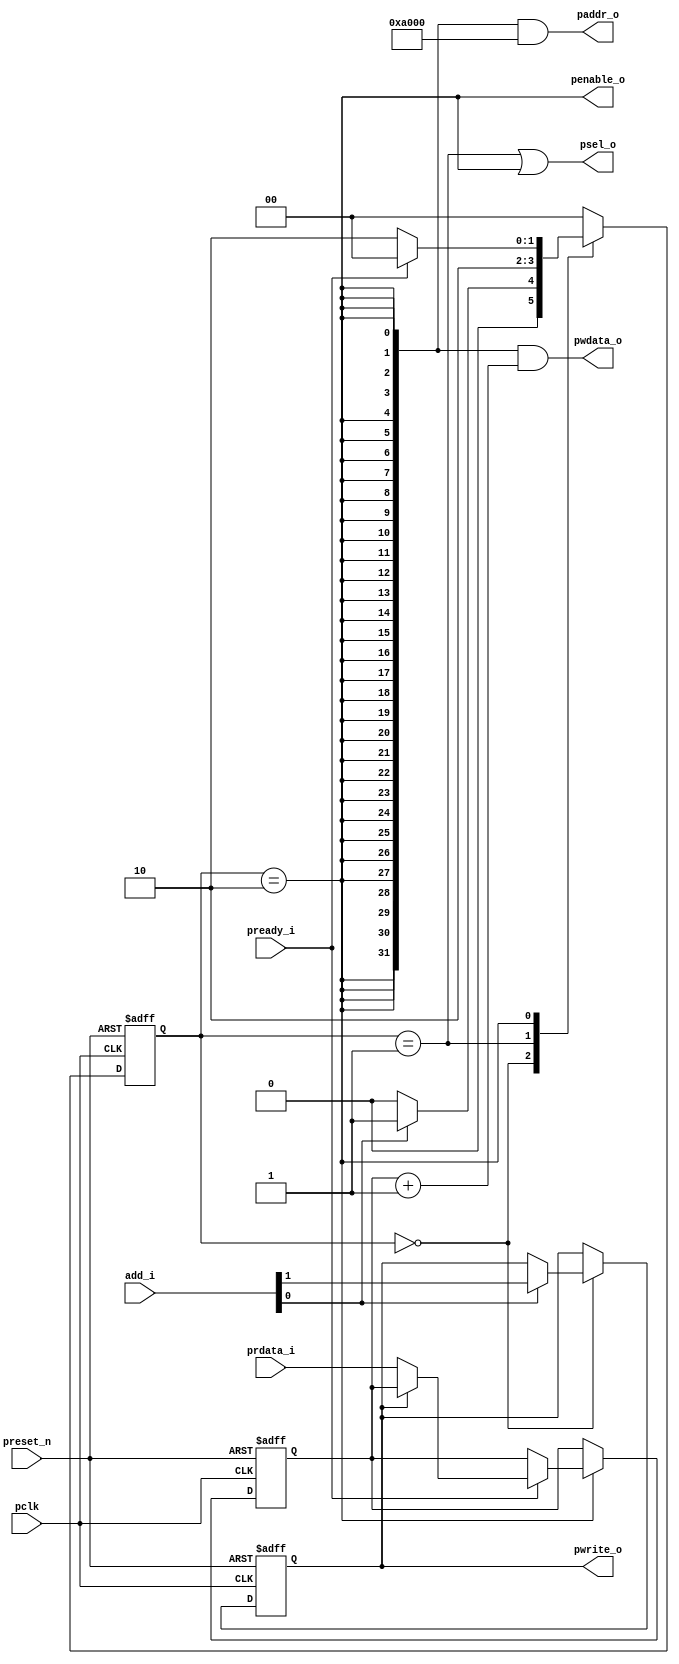

module apb_add_master (
  input pclk,
  input preset_n, 	// Active low reset
  input [1:0]add_i,		// 2'b00 - NOP, 2'b01 - READ, 2'b11 - WRITE indicates we want to perform a transaction.
  input  [31:0]prdata_i, 
  input pready_i,
  
  output psel_o,
  output penable_o, //when penable_o =1 it means that transaction is enabled.
  output [31:0]paddr_o,
  output pwrite_o,
  output [31:0] pwdata_o
  
  
);
  
  parameter ST_IDLE = 2'b00, ST_SETUP = 2'b01, ST_ACCESS = 2'b10;
  
  reg[1:0] state_q; 		// Current state
  reg[1:0] nxt_state;	// Next state
  
  wire apb_state_setup;
  wire apb_state_access;
  
  reg nxt_pwrite;
  reg pwrite_q;
  
  reg [31:0] nxt_rdata;
  reg [31:0] rdata_q;
  
  always @(posedge pclk or negedge preset_n)
    if (~preset_n)
      state_q <= ST_IDLE;
  	else
      state_q <= nxt_state; //current state must be next state.
  
  always @* begin
    nxt_pwrite = pwrite_q; 
	nxt_rdata = rdata_q; 
	case (state_q)
      ST_IDLE:
          if (add_i[0]) begin 
		      nxt_state = ST_SETUP;
              nxt_pwrite = add_i[1]; 
              end  
		 else 
          nxt_state = ST_IDLE;
        
      ST_SETUP: nxt_state = ST_ACCESS;
      ST_ACCESS:
         if (pready_i) 
		  begin 
		   if (~pwrite_q) 
		    nxt_rdata = prdata_i;
            nxt_state = ST_IDLE; 
		  end 
		 else
           nxt_state = ST_ACCESS; 
      default: nxt_state = ST_IDLE;
    endcase
  end
  
  assign apb_state_access = (state_q == ST_ACCESS); //these signals tells in which state we are in.
  assign apb_state_setup = (state_q == ST_SETUP);
  
  assign psel_o = apb_state_setup | apb_state_access; //psel_o must be ON through out setup and access states.
  assign penable_o = apb_state_access; //penable_o must be on only if we are in access state.
  
  // APB Address
  assign paddr_o = {32{apb_state_access}} & 32'hA000; //addresss must be stable when ur in access state.
  
  // APB PWRITE control signal
  always @(posedge pclk or negedge preset_n)
    if (~preset_n)
      pwrite_q <= 1'b0; //means read  
  	else
      pwrite_q <= nxt_pwrite; //we store from add_i[1] it into flop.
  
  assign pwrite_o = pwrite_q; 
  assign pwdata_o = {32{apb_state_access}} & (rdata_q + 32'h1); 
  
  // APB PREAD control signal
  always @(posedge pclk or negedge preset_n)
    if (~preset_n)
      rdata_q <= 32'h0; //if reset we are making the data to all zeros.
  	else
      rdata_q <= nxt_rdata; 
endmodule